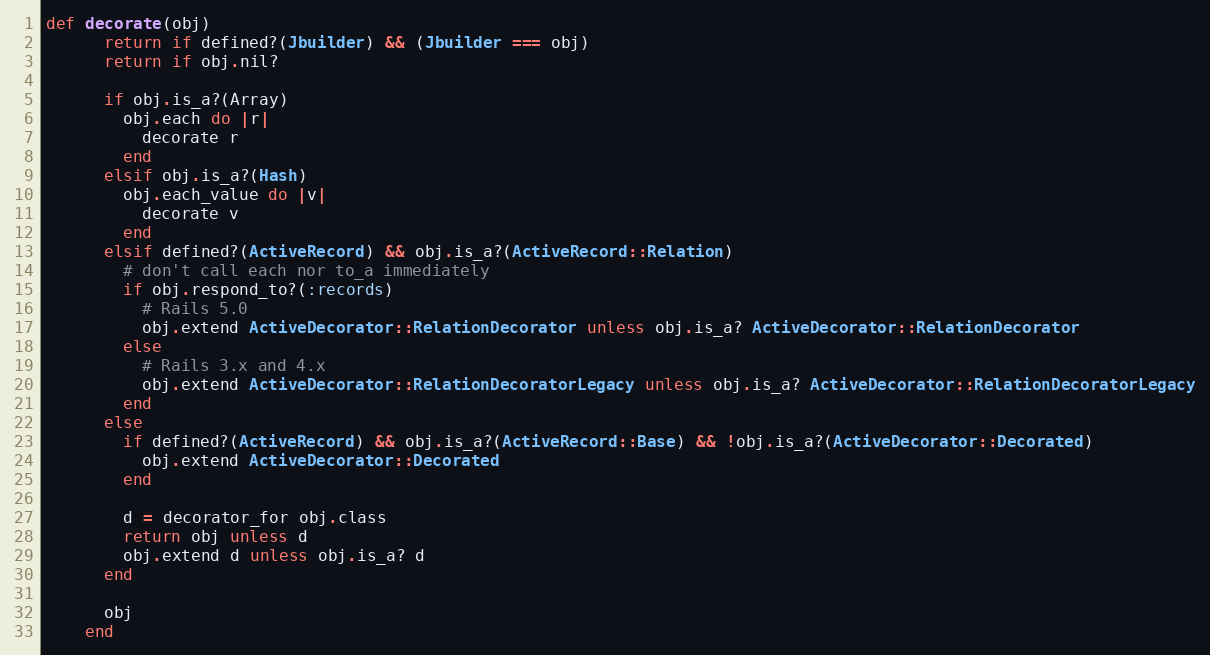
Language: Ruby
def decorate(obj)
      return if defined?(Jbuilder) && (Jbuilder === obj)
      return if obj.nil?

      if obj.is_a?(Array)
        obj.each do |r|
          decorate r
        end
      elsif obj.is_a?(Hash)
        obj.each_value do |v|
          decorate v
        end
      elsif defined?(ActiveRecord) && obj.is_a?(ActiveRecord::Relation)
        # don't call each nor to_a immediately
        if obj.respond_to?(:records)
          # Rails 5.0
          obj.extend ActiveDecorator::RelationDecorator unless obj.is_a? ActiveDecorator::RelationDecorator
        else
          # Rails 3.x and 4.x
          obj.extend ActiveDecorator::RelationDecoratorLegacy unless obj.is_a? ActiveDecorator::RelationDecoratorLegacy
        end
      else
        if defined?(ActiveRecord) && obj.is_a?(ActiveRecord::Base) && !obj.is_a?(ActiveDecorator::Decorated)
          obj.extend ActiveDecorator::Decorated
        end

        d = decorator_for obj.class
        return obj unless d
        obj.extend d unless obj.is_a? d
      end

      obj
    end